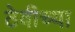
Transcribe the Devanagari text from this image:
ठेवीच्या